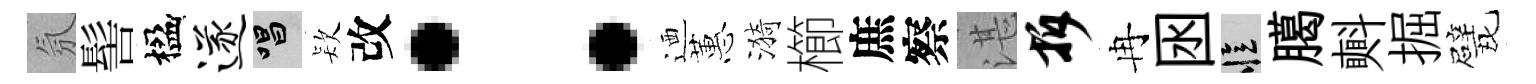
氛髻楹遂唱𣣇改：迺蕙漪櫛庶察湛拆冉囦忆臈㪺掘甓